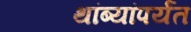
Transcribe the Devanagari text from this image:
थांब्यांपर्यंत